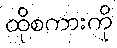
ထိုစကားကို